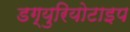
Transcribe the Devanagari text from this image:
डग्युरियोटाइप